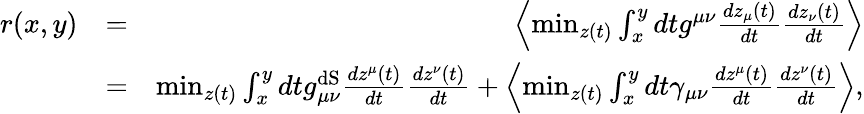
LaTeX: \begin{array}{rlr}{r(x,y)}&{=}&{\left\langle\operatorname*{min}_{z(t)}\int_{x}^{y}dtg^{\mu\nu}\frac{dz_{\mu}(t)}{dt}\frac{dz_{\nu}(t)}{dt}\right\rangle}\\ &{=}&{\operatorname*{min}_{z(t)}\int_{x}^{y}dtg_{\mu\nu}^{\mathrm{dS}}\frac{dz^{\mu}(t)}{dt}\frac{dz^{\nu}(t)}{dt}+\left\langle\operatorname*{min}_{z(t)}\int_{x}^{y}dt\gamma_{\mu\nu}\frac{dz^{\mu}(t)}{dt}\frac{dz^{\nu}(t)}{dt}\right\rangle,}\end{array}